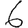
Digit: 6